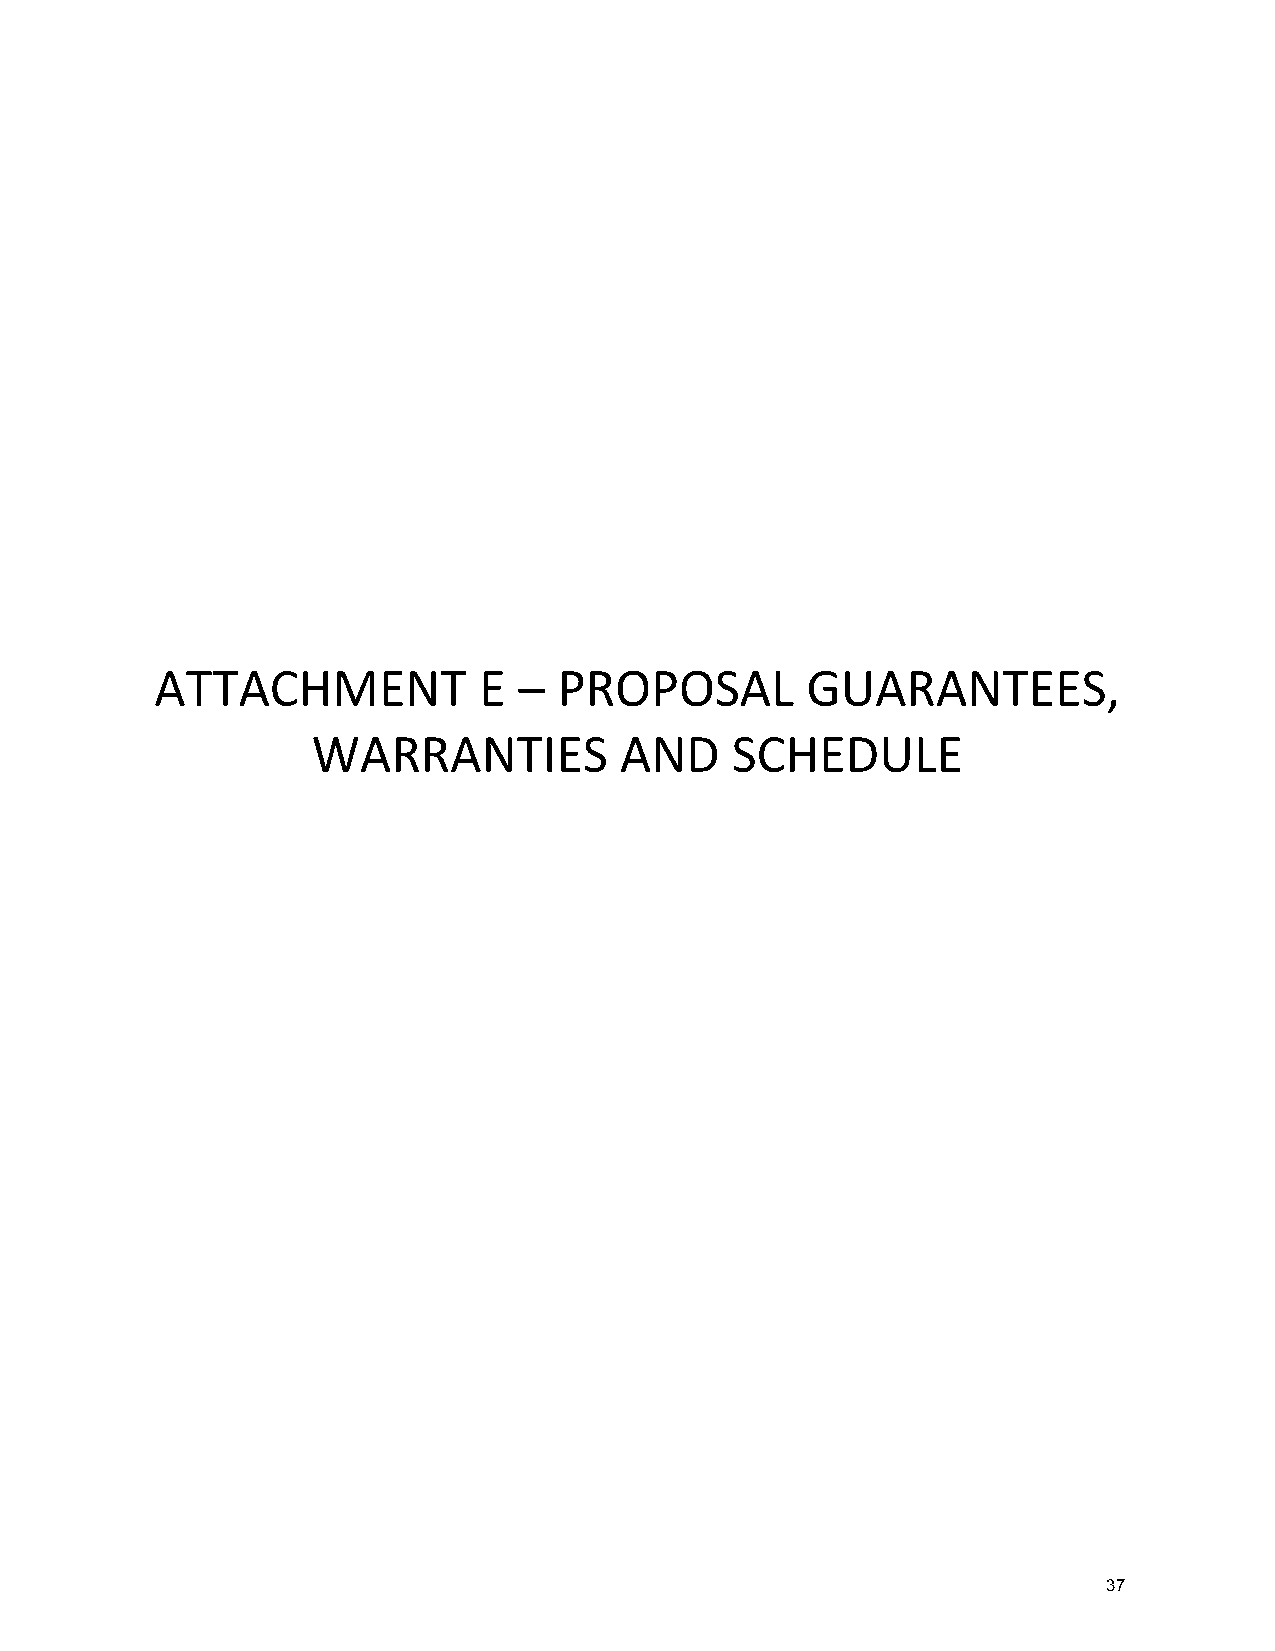
ATTACHMENT            E –  PROPOSAL        GUARANTEES,
 WARRANTIES          AND    SCHEDULE
 37